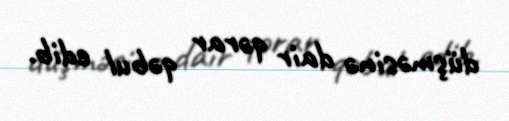
düşməsinə dair qərar qəbul edib.